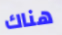
هناك